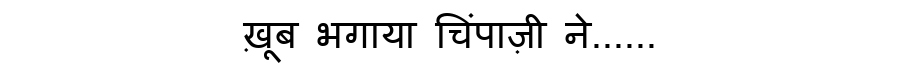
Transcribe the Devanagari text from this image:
ख़ूब भगाया चिंपाज़ी ने......